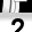
Digit: 2